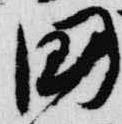
国